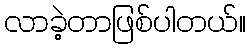
လာခဲ့တာဖြစ်ပါတယ်။